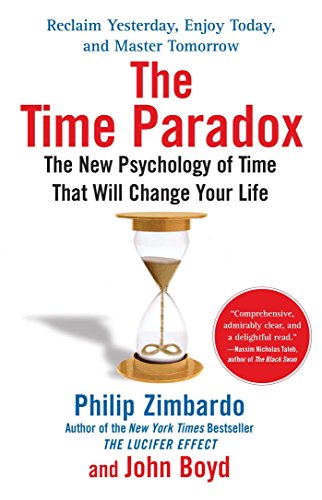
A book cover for The Time Paradox: The New Psychology of Time That Will Change Your Life; Philip Zimbardo; Self-Help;